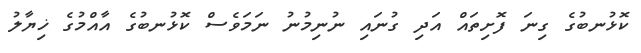
ކޮޅުނބުގެ ގިނަ ފޮށިތައް އަދި ގުނައި ނުނިމުނު ނަމަވެސް ކޮޅުނބުގެ އާއްމުގެ ޚިޔާލު